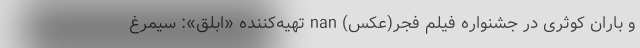
و باران کوثری در جشنواره فیلم فجر(عکس) nan تهیه‌کننده «ابلق»: سیمرغ